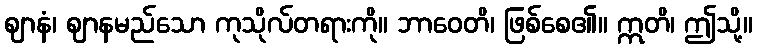
ဈာနံ၊ ဈာနမည်သော ကုသိုလ်တရားကို။ ဘာဝေတိ၊ ဖြစ်စေ၏။ ဣတိ၊ ဤသို့။